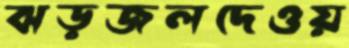
ঝড়জলদেওয়